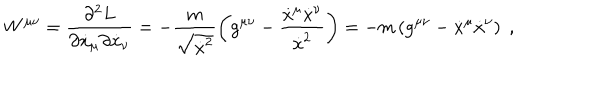
W ^ { \mu \nu } = \frac { \partial ^ { 2 } L } { \partial \dot { x } _ { \mu } \partial \dot { x } _ { \nu } } = - \frac { m } { \sqrt { \dot { x } ^ { 2 } } } \left( g ^ { \mu \nu } - \frac { \dot { x } ^ { \mu } \dot { x } ^ { \nu } } { \dot { x } ^ { 2 } } \right) = - m \left( g ^ { \mu \nu } - \dot { x } ^ { \mu } \dot { x } ^ { \nu } \right) \; ,